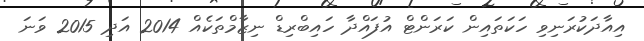
އިއާދަކުރަނިވި ހަކަތައިން ކަރަންޓް އުފައްދާ ހައިބްރިޑް ނިޒާމްތަކެއް 2014 އަދި 2015 ވަނަ